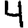
Digit: 4